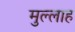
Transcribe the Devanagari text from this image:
मुल्‍लाह